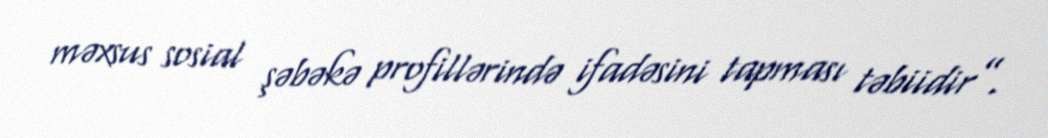
məxsus sosial şəbəkə profillərində ifadəsini tapması təbiidir”.